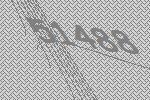
51488